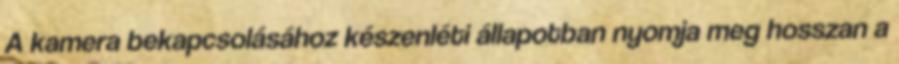
A kamera bekapcsolásához készenléti állapotban nyomja meg hosszan a